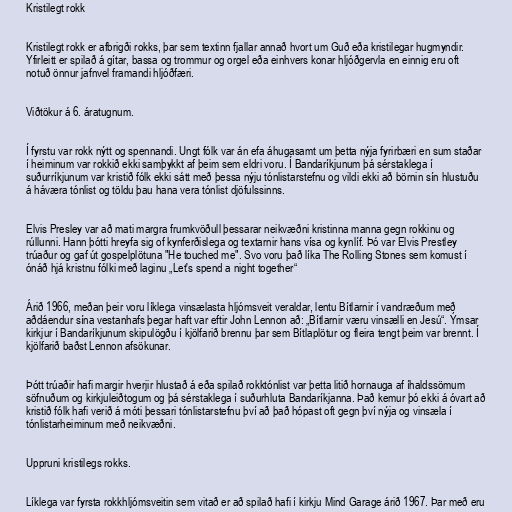
Kristilegt rokk

Kristilegt rokk er afbrigði rokks, þar sem textinn fjallar annað hvort um Guð eða kristilegar hugmyndir.
Yfirleitt er spilað á gítar, bassa og trommur og orgel eða einhvers konar hljóðgervla en einnig eru oft
notuð önnur jafnvel framandi hljóðfæri.

Viðtökur á 6. áratugnum.

Í fyrstu var rokk nýtt og spennandi. Ungt fólk var án efa áhugasamt um þetta nýja fyrirbæri en sum staðar
í heiminum var rokkið ekki samþykkt af þeim sem eldri voru. Í Bandaríkjunum þá sérstaklega í
suðurríkjunum var kristið fólk ekki sátt með þessa nýju tónlistarstefnu og vildi ekki að börnin sín hlustuðu
á háværa tónlist og töldu þau hana vera tónlist djöfulssinns.

Elvis Presley var að mati margra frumkvöðull þessarar neikvæðni kristinna manna gegn rokkinu og
rúllunni. Hann þótti hreyfa sig of kynferðislega og textarnir hans vísa og kynlíf. Þó var Elvis Prestley
trúaður og gaf út gospelplötuna "He touched me". Svo voru það líka The Rolling Stones sem komust í
ónáð hjá kristnu fólki með laginu „Let's spend a night together“

Árið 1966, meðan þeir voru líklega vinsælasta hljómsveit veraldar, lentu Bítlarnir í vandræðum með
aðdáendur sína vestanhafs þegar haft var eftir John Lennon að: „Bítlarnir væru vinsælli en Jesú“. Ýmsar
kirkjur í Bandaríkjunum skipulögðu í kjölfarið brennu þar sem Bítlaplötur og fleira tengt þeim var brennt. Í
kjölfarið baðst Lennon afsökunar.

Þótt trúaðir hafi margir hverjir hlustað á eða spilað rokktónlist var þetta litið hornauga af íhaldssömum
söfnuðum og kirkjuleiðtogum og þá sérstaklega í suðurhluta Bandaríkjanna. Það kemur þó ekki á óvart að
kristið fólk hafi verið á móti þessari tónlistarstefnu því að það hópast oft gegn því nýja og vinsæla í
tónlistarheiminum með neikvæðni.

Uppruni kristilegs rokks.

Líklega var fyrsta rokkhljómsveitin sem vitað er að spilað hafi í kirkju Mind Garage árið 1967. Þar með eru